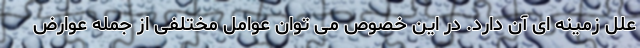
علل زمینه ای آن دارد. در این خصوص می توان عوامل مختلفی از جمله عوارض